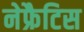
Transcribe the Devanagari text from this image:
नेफ्रैटिस